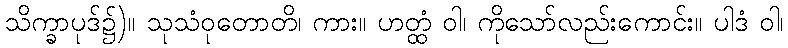
သိက္ခာပုဒ်၌)။ သုသံဝုတောတိ၊ ကား။ ဟတ္ထံ ဝါ၊ ကိုသော်လည်းကောင်း။ ပါဒံ ဝါ၊